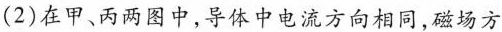
(2)在甲、丙两图中，导体中电流方向相同，磁场方